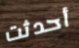
أحدثت